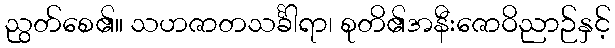
ညွတ်စေ၏။ သဟဇာတသင်္ခါရာ၊ စုတိ၏အနီးဇောဝိညာဉ်နှင့်